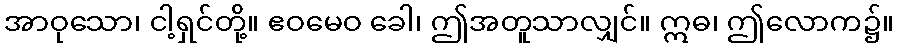
အာဝုသော၊ ငါ့ရှင်တို့။ ဧဝမေဝ ခေါ၊ ဤအတူသာလျှင်။ ဣဓ၊ ဤလောက၌။